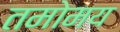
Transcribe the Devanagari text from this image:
तमोमय